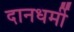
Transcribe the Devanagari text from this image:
दानधर्मी